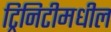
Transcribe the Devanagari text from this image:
ट्रिनिटीमधील